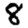
Digit: 8